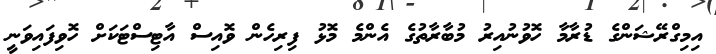
އިމިގްރޭޝަންގެ ޑުރާމާ ހޮވުނުއިރު މުބާރާތުގެ އެންމެ މޮޅު ފިރިހެން ވޮއިސް އާޓިސްޓަކަށް ހޮވިފައިވަނީ